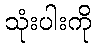
သုံးပါးကို